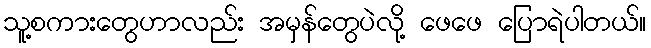
သူ့စကားတွေဟာလည်း အမှန်တွေပဲလို့ ဖေဖေ ပြောရဲပါတယ်။